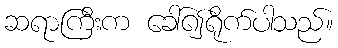
ဆရာကြီးက ခေါ်၍ရိုက်ပါသည်။